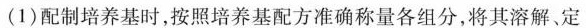
(1)配制培养基时，按照培养基配方准确称量各组分，将其溶解、定